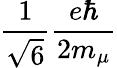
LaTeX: \frac{1}{\sqrt{6}}\frac{e\hbar}{2m_{\mu}}